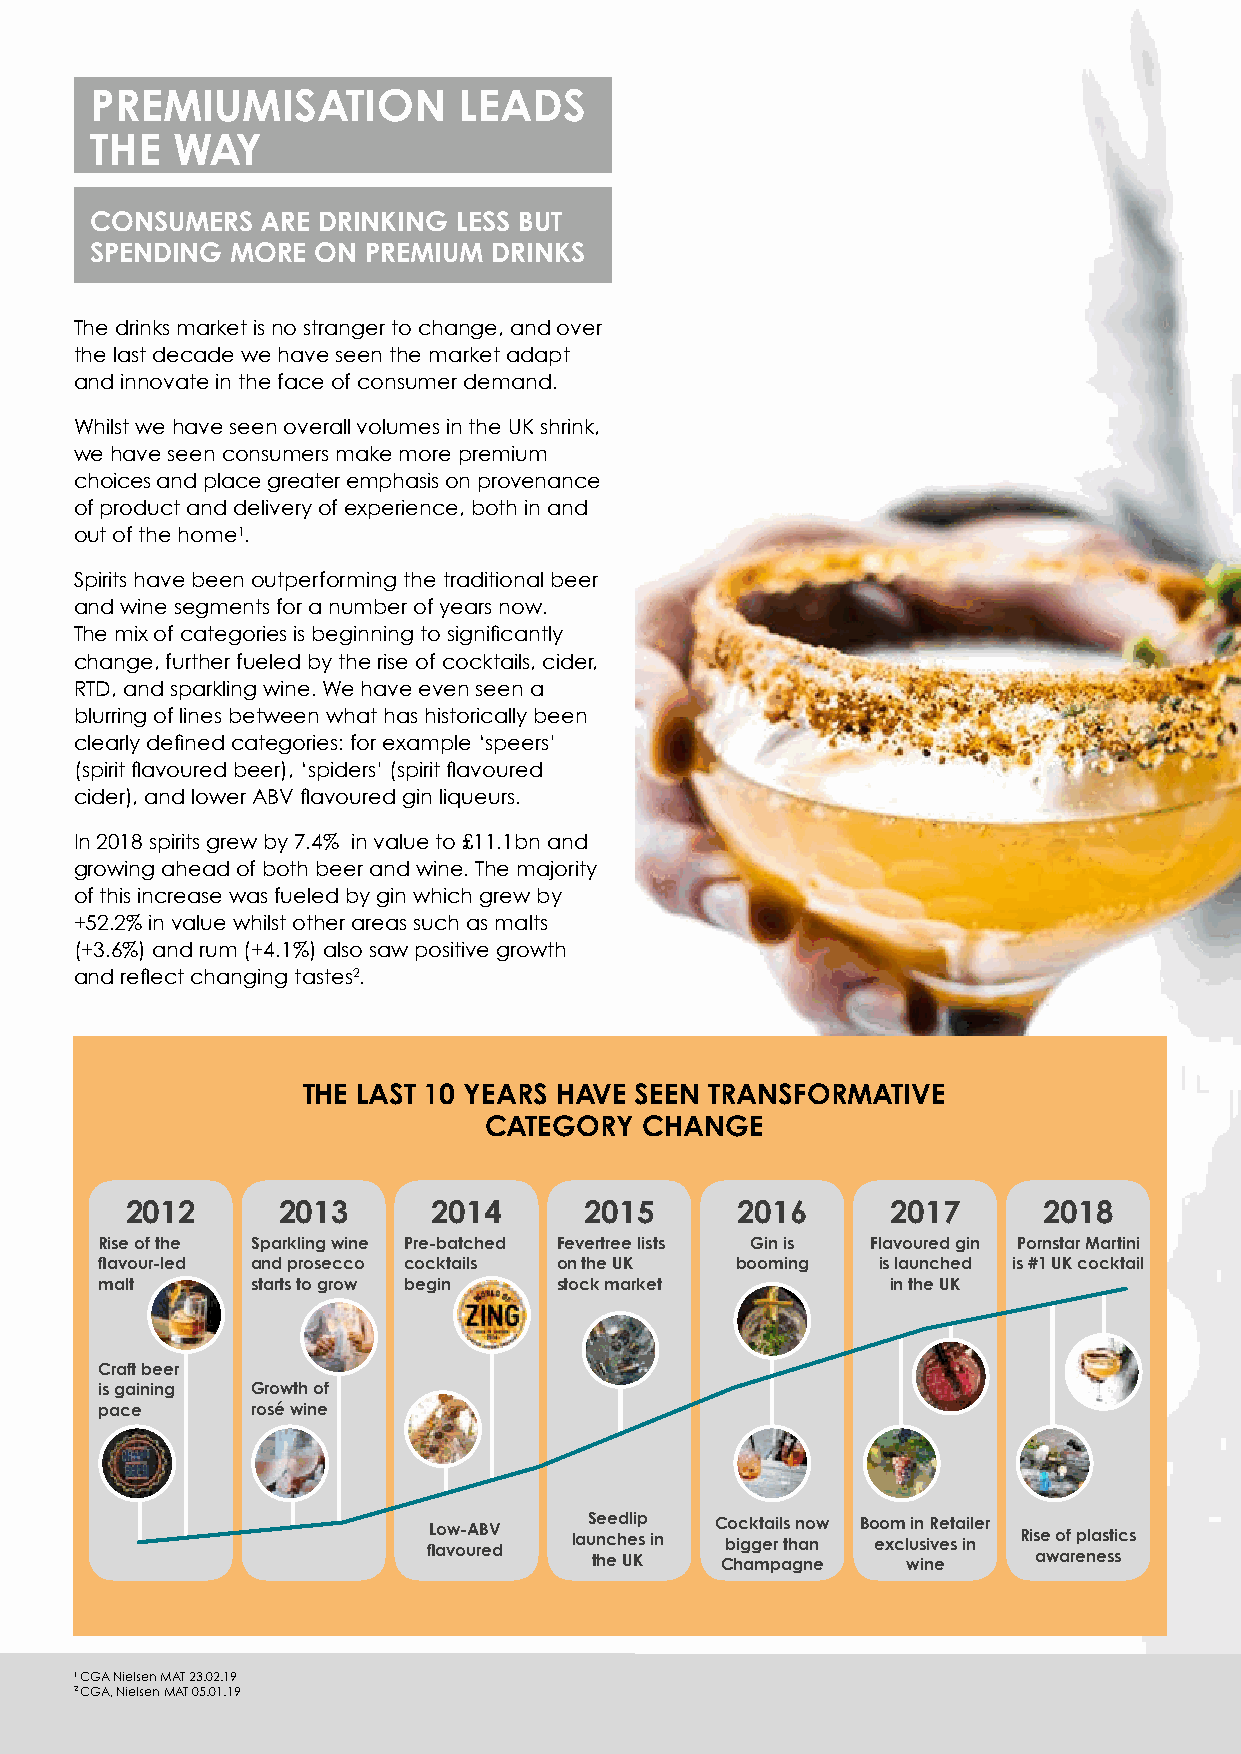
PREMIUMISATION          LEADS
 THE  WAY
 CONSUMERS  ARE DRINKING LESS BUT
 SPENDING MORE  ON PREMIUM  DRINKS
 The drinks market is no stranger to change, and over
 the last decade we have seen the market adapt
 and innovate in the face of consumer demand.
 Whilst we have seen overall volumes in the UK shrink,
 we have seen consumers make more premium
 choices and place greater emphasis on provenance
 of product and delivery of experience, both in and
 out of the home1.
 Spirits have been outperforming the traditional beer
 and wine segments for a number of years now.
 The mix of categories is beginning to significantly
 change, further fueled by the rise of cocktails, cider,
 RTD, and sparkling wine. We have even seen a
 blurring of lines between what has historically been
 clearly defined categories: for example ‘speers’
 (spirit flavoured beer), ‘spiders’ (spirit flavoured
 cider), and lower ABV flavoured gin liqueurs.
 In 2018 spirits grew by 7.4% in value to £11.1bn and
 growing ahead of both beer and wine. The majority
 of this increase was fueled by gin which grew by
 +52.2% in value whilst other areas such as malts
 (+3.6%) and rum (+4.1%) also saw positive growth
 and reflect changing tastes2.
 THE LAST 10 YEARS HAVE SEEN TRANSFORMATIVE
 CATEGORY  CHANGE
 2012      2013       2014      2015      2016      2017      2018
 Rise of the Sparkling wine Pre-batched Fevertree lists Gin is Flavoured gin Pornstar Martini
 flavour-led and prosecco cocktails on the UK booming is launched is #1 UK cocktail
 malt      starts to grow begin stock market         in the UK
 Craft beer
 is gaining Growth of
 pace      rosé wine
 flL ao vw o- uA rB eV d lauS te n hc ee hd Ueli Kp s in C Cbo hic g ak g mt ea pri l ats h gn a no n ew Bo eo xm cl
 w
 uin s
 in
 iR v eee sta inile r Ris ae w o af r ep nla es st sics
 1 C GA Nielsen MAT 23.02.19
 2 C GA, Nielsen MAT 05.01.19